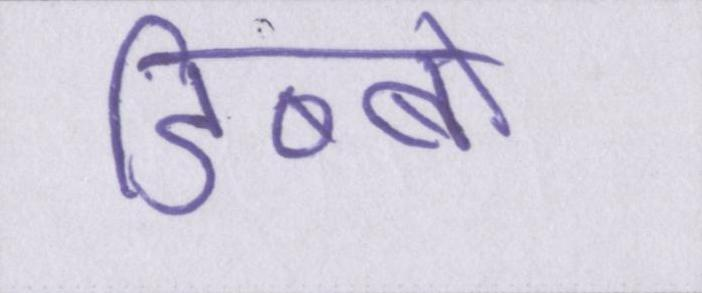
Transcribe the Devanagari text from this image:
डिब्बों